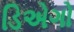
ડિએગો